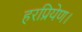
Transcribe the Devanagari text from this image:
हरप्रियेण।